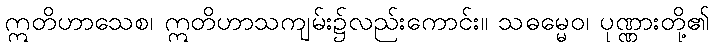
ဣတိဟာသေစ၊ ဣတိဟာသကျမ်း၌လည်းကောင်း။ သဓမ္မေဝ၊ ပုဏ္ဏားတို့၏